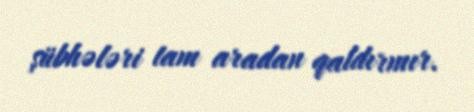
şübhələri tam aradan qaldırmır.